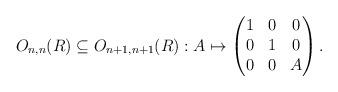
LaTeX: \begin{align*}O_{n,n}(R) \subseteq O_{n+1, n+1}(R) : A \mapsto \begin{pmatrix}1 & 0 & 0 \\0 & 1 & 0 \\0 & 0 & A\end{pmatrix}.\end{align*}